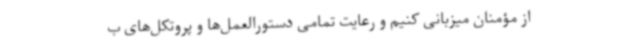
از مؤمنان میزبانی کنیم و رعایت تمامی دستورالعمل‌ها و پروتکل‌های ب